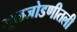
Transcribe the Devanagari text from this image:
मूळजोडणीतली